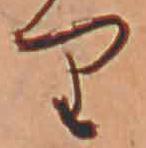
り